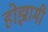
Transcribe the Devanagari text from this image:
होझामी